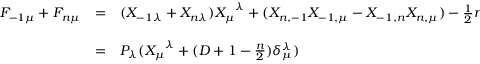
\begin{array} { l c l } { { F _ { - 1 \mu } + F _ { n \mu } } } & { { = } } & { { ( X _ { - 1 \lambda } + X _ { n \lambda } ) { X _ { \mu } } ^ { \lambda } + ( X _ { n , - 1 } X _ { - 1 , \mu } - X _ { - 1 , n } X _ { n , \mu } ) - \frac { 1 } { 2 } n ( X _ { - 1 , \mu } + X _ { n \mu } ) } } \\ { { } } & { { } } & { { } } \\ { { } } & { { = } } & { { P _ { \lambda } ( { X _ { \mu } } ^ { \lambda } + ( D + 1 - \frac { n } { 2 } ) \delta _ { \mu } ^ { \lambda } ) } } \end{array}